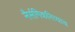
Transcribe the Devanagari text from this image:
नैर्सगिकरित्याच